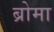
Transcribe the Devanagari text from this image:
ब्रोमा